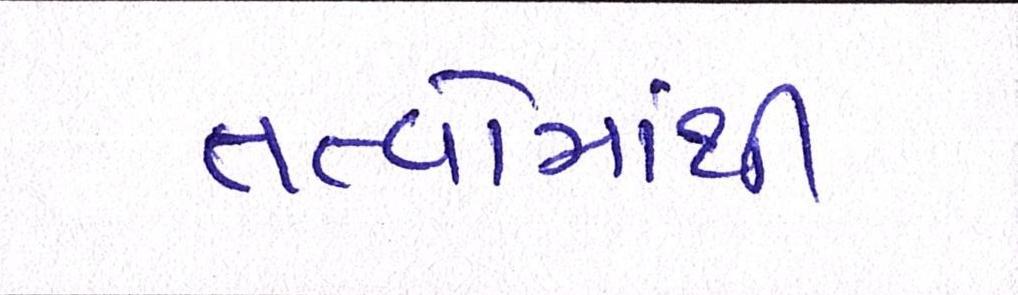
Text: તત્વોમાંથી